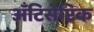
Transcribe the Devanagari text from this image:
अँटिसेप्टिक